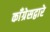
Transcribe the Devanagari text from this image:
काँग्रेसद्वारे